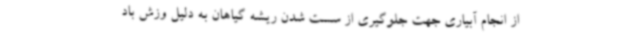
از انجام آبیاری جهت جلوگیری از سست شدن ریشه گیاهان به دلیل وزش باد